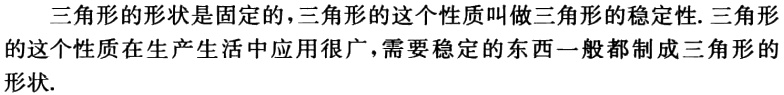
三角形的形状是固定的，三角形的这个性质叫做三角形的稳定性. 三角形的这个性质在生产生活中应用很广，需要稳定的东西一般都制成三角形的形状.